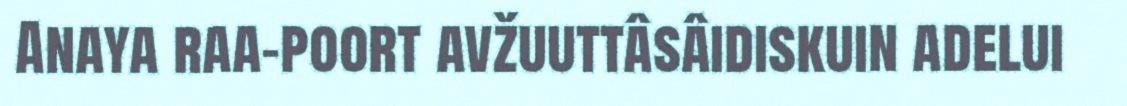
Anaya raa-poort avžuuttâsâidiskuin adelui